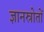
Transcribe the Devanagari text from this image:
ज्ञानस्रोतों